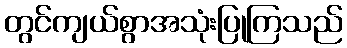
တွင်ကျယ်စွာအသုံးပြုကြသည်